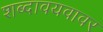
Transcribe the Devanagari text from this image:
शब्दावयवावर